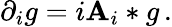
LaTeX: \partial_{i}g=i\mathbf{A}_{i}*g\, .